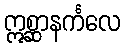
ဣစ္ဆာနင်္ကလေ